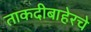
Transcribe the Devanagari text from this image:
ताकदीबाहेरचे